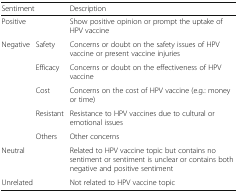
| <COLSPAN=2> Sentiment | Description |
 | --- | --- | --- |
 | <COLSPAN=2> Positive | Show positive opinion or prompt the uptake of HPV vaccine |
 | <ROWSPAN=5> Negative | Safety | Concerns or doubt on the safety issues of HPV vaccine or present vaccine injuries |
 | Efficacy | Concerns or doubt on the effectiveness of HPV vaccine |
 | Cost | Concerns on the cost of HPV vaccine (e.g.: money or time) |
 | Resistant | Resistance to HPV vaccines due to cultural or emotional issues |
 | Others | Other concerns |
 | <COLSPAN=2> Neutral | Related to HPV vaccine topic but contains no sentiment or sentiment is unclear or contains both negative and positive sentiment |
 | <COLSPAN=2> Unrelated | Not related to HPV vaccine topic |